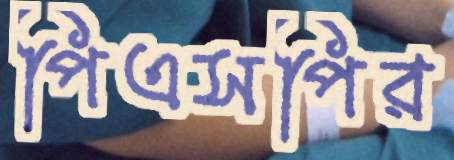
পিএসপির